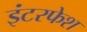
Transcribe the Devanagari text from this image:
इंटरफेश